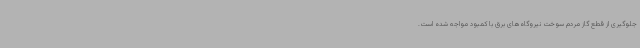
جلوگیری از قطع گاز مردم سوخت نیروگاه‌های برق با کمبود مواجه شده است.